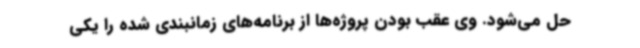
حل می‌شود. وی عقب بودن پروژه‌ها از برنامه‌های زمانبندی شده را یکی